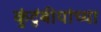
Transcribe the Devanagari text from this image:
कुंटुंबीयांच्या